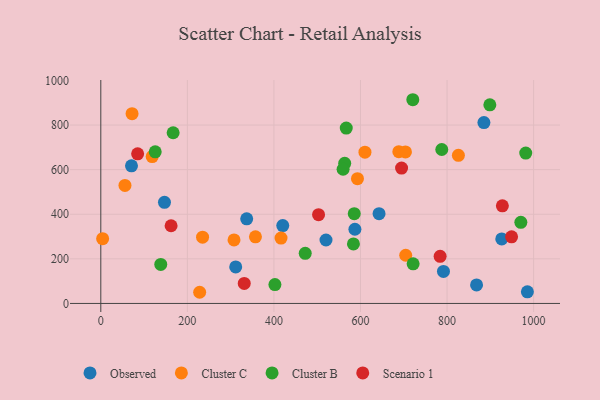
{"axis": {"x": "Investment", "y": "Salary"}, "legend": ["Cluster B", "Cluster C", "Observed", "Scenario 1"], "data": [{"x": "868.2", "y": 82.9, "type": "Observed"}, {"x": "985.6", "y": 52.0, "type": "Observed"}, {"x": "885.2", "y": 811.1, "type": "Observed"}, {"x": "520.3", "y": 284.5, "type": "Observed"}, {"x": "791.7", "y": 143.6, "type": "Observed"}, {"x": "642.9", "y": 402.7, "type": "Observed"}, {"x": "587.1", "y": 332.8, "type": "Observed"}, {"x": "70.9", "y": 617.2, "type": "Observed"}, {"x": "147.1", "y": 453.7, "type": "Observed"}, {"x": "311.7", "y": 163.8, "type": "Observed"}, {"x": "337.1", "y": 379.6, "type": "Observed"}, {"x": "926.4", "y": 289.2, "type": "Observed"}, {"x": "420.4", "y": 349.3, "type": "Observed"}, {"x": "307.8", "y": 284.8, "type": "Cluster C"}, {"x": "118.7", "y": 658.8, "type": "Cluster C"}, {"x": "416.4", "y": 293.1, "type": "Cluster C"}, {"x": "4.2", "y": 290.4, "type": "Cluster C"}, {"x": "55.8", "y": 529.3, "type": "Cluster C"}, {"x": "704.5", "y": 216.2, "type": "Cluster C"}, {"x": "593.0", "y": 559.5, "type": "Cluster C"}, {"x": "688.6", "y": 680.6, "type": "Cluster C"}, {"x": "72.2", "y": 850.9, "type": "Cluster C"}, {"x": "357.3", "y": 298.7, "type": "Cluster C"}, {"x": "703.9", "y": 679.7, "type": "Cluster C"}, {"x": "235.1", "y": 297.2, "type": "Cluster C"}, {"x": "228.4", "y": 50.1, "type": "Cluster C"}, {"x": "610.3", "y": 678.5, "type": "Cluster C"}, {"x": "826.2", "y": 664.2, "type": "Cluster C"}, {"x": "970.5", "y": 363.7, "type": "Cluster B"}, {"x": "787.8", "y": 690.4, "type": "Cluster B"}, {"x": "585.6", "y": 402.8, "type": "Cluster B"}, {"x": "720.9", "y": 913.6, "type": "Cluster B"}, {"x": "125.7", "y": 679.9, "type": "Cluster B"}, {"x": "563.5", "y": 628.2, "type": "Cluster B"}, {"x": "472.3", "y": 224.8, "type": "Cluster B"}, {"x": "981.8", "y": 674.2, "type": "Cluster B"}, {"x": "402.3", "y": 84.7, "type": "Cluster B"}, {"x": "567.1", "y": 786.4, "type": "Cluster B"}, {"x": "721.6", "y": 177.6, "type": "Cluster B"}, {"x": "138.5", "y": 174.9, "type": "Cluster B"}, {"x": "167.1", "y": 765.5, "type": "Cluster B"}, {"x": "583.7", "y": 266.9, "type": "Cluster B"}, {"x": "898.9", "y": 890.6, "type": "Cluster B"}, {"x": "559.8", "y": 601.7, "type": "Cluster B"}, {"x": "162.4", "y": 348.4, "type": "Scenario 1"}, {"x": "949.1", "y": 298.9, "type": "Scenario 1"}, {"x": "503.1", "y": 397.9, "type": "Scenario 1"}, {"x": "927.8", "y": 438.0, "type": "Scenario 1"}, {"x": "331.4", "y": 89.8, "type": "Scenario 1"}, {"x": "85.1", "y": 671.1, "type": "Scenario 1"}, {"x": "694.9", "y": 606.9, "type": "Scenario 1"}, {"x": "784.0", "y": 211.5, "type": "Scenario 1"}]}